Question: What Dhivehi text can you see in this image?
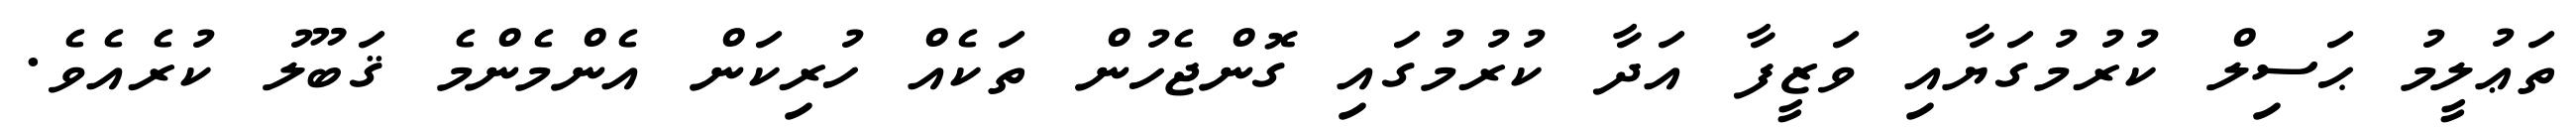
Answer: ތަޢުލީމު ޙަސިލް ކުރުމުގަޔާއި ވަޒީފާ އަދާ ކުރުމުގައި ގޮންޖެހުން ތަކެއް ހުރިކަން އެންމެންމެ ޤަބޫލު ކުރެއެވެ.